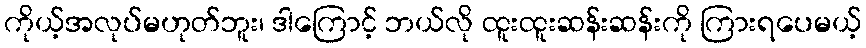
ကိုယ့်အလုပ်မဟုတ်ဘူး၊ ဒါကြောင့် ဘယ်လို ထူးထူးဆန်းဆန်းကို ကြားရပေမယ့်